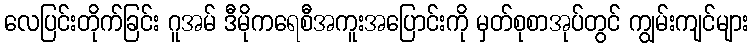
လေပြင်းတိုက်ခြင်း ဂူအမ် ဒီမိုကရေစီအကူးအပြောင်းကို မှတ်စုစာအုပ်တွင် ကျွမ်းကျင်များ